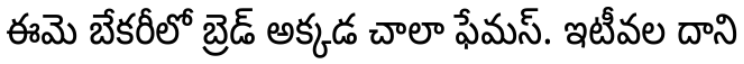
ఈమె బేకరీలో బ్రెడ్ అక్కడ చాలా ఫేమస్. ఇటీవల దాని